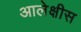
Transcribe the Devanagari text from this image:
आलेक्षीस